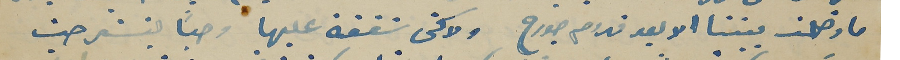
ما دخلت بيتنا الا بعد قدوم جورح ولاكن شفقة عليها وحبًا ليسَتمر حيث